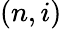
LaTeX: (n,i)